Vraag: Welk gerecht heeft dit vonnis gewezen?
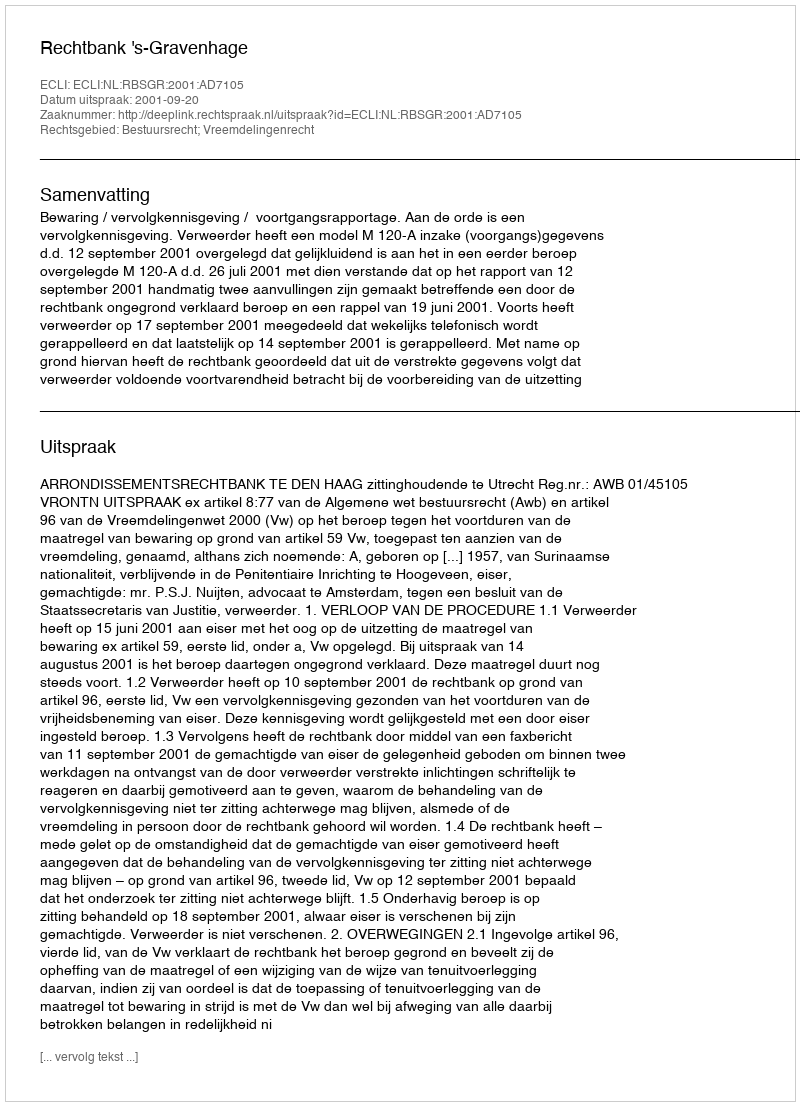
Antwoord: Rechtbank 's-Gravenhage